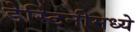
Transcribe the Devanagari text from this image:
डेस्टिनीमध्ये